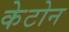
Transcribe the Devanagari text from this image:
केटोन